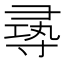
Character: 㝷